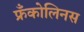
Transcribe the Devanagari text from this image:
फ्रँकोलिनस